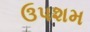
ઉપશમ